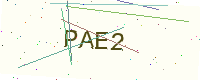
Text: PAE2